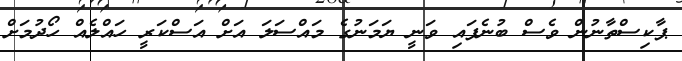
ޕާކިސްތާނުން ވެސް ބުނެފައި ވަނީ ޔަމަނުގެ މައްސަލަ އަށް އަސްކަރީ ހައްލެއް ހޯދުމަށް